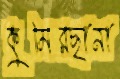
কুমিরছানা